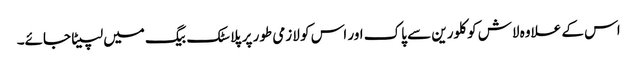
اس کے علاوہ لاش کو کلورین سے پاک اور اس کو لازمی طور پر پلاسٹک بیگ میں لپیٹا جائے۔